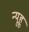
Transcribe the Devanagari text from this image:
न्यूहू